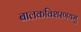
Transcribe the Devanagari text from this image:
बालकविशरणयमु